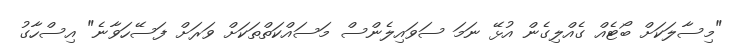
"މިސާލަކަށް ބޯޓެއް ގެއްލިގެން އުޅޭ ނަމަ ސަވައިލެންސް މަސައްކަތްތަކަށް ވަރަށް ފަސޭހަވާނެ" އިސްހާގު